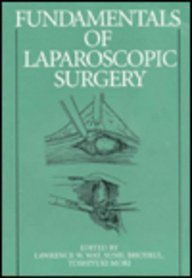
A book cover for Fundamentals of Laparoscopic Surgery, 1e; Medical Books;